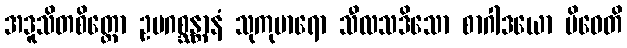
အဒူသိတစိတ္တော ဥပဂစ္ဆန္တာနံ သုကုမာရော သီလသဒိသော စာဂါဒယော ပိဝေတိ